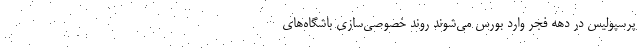
پرسپولیس در دهه فجر وارد بورس می‌شوند روند خصوصی‌سازی باشگاه‌های